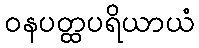
ဝနပတ္ထပရိယာယံ